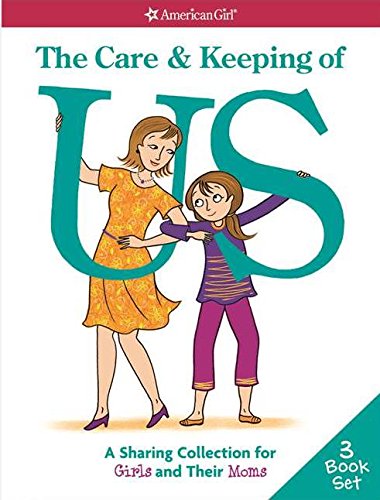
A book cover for The Care & Keeping of Us: A Sharing Collection for Girls & Their Moms; Cara Natterson; Children's Books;